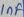
Text: 1µF